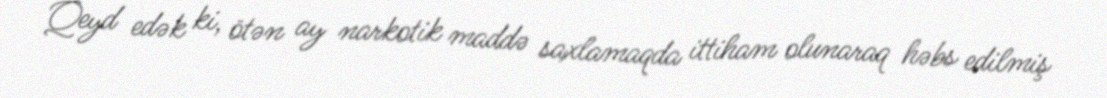
Qeyd edək ki, ötən ay narkotik maddə saxlamaqda ittiham olunaraq həbs edilmiş